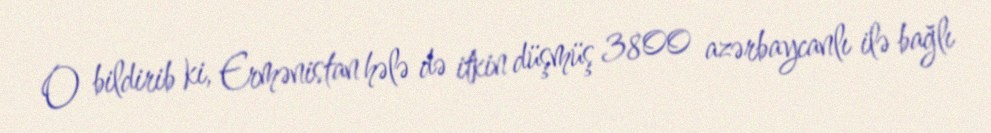
O bildirib ki, Ermənistan hələ də itkin düşmüş 3800 azərbaycanlı ilə bağlı